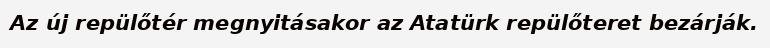
Az új repülőtér megnyitásakor az Atatürk repülőteret bezárják.